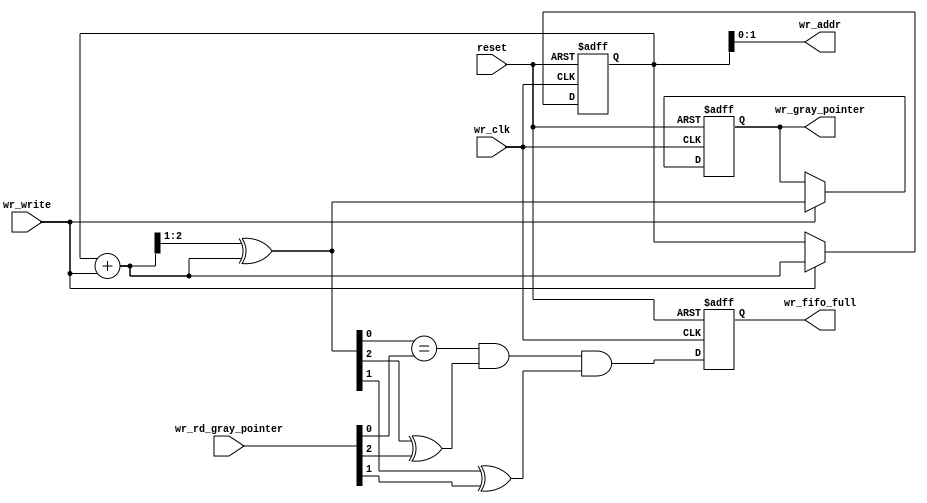
module fifo_full_block_1 (
   wr_fifo_full, wr_addr, wr_gray_pointer,
   reset, wr_clk, wr_rd_gray_pointer, wr_write
   );
   parameter AW   = 2; 
   input           reset;
   input           wr_clk;
   input [AW:0]    wr_rd_gray_pointer;
   input           wr_write;
   output           wr_fifo_full;
   output [AW-1:0]  wr_addr;
   output [AW:0]    wr_gray_pointer;
   reg [AW:0]      wr_gray_pointer;
   reg [AW:0]      wr_binary_pointer;
   reg             wr_fifo_full;
   wire            wr_fifo_full_next;
   wire [AW:0]     wr_gray_next;
   wire [AW:0]     wr_binary_next;
   always @(posedge wr_clk or posedge reset)
     if(reset)
       begin
	  wr_binary_pointer[AW:0]     <= {(AW+1){1'b0}};
	  wr_gray_pointer[AW:0]       <= {(AW+1){1'b0}};
       end
     else if(wr_write)
       begin
	  wr_binary_pointer[AW:0]     <= wr_binary_next[AW:0];	  
	  wr_gray_pointer[AW:0]       <= wr_gray_next[AW:0];	  
       end
   assign wr_addr[AW-1:0]       = wr_binary_pointer[AW-1:0];
   assign wr_binary_next[AW:0]  = wr_binary_pointer[AW:0] + 
				  {{(AW){1'b0}},wr_write};
   assign wr_gray_next[AW:0]    = {1'b0,wr_binary_next[AW:1]} ^ 
				  wr_binary_next[AW:0];
   assign wr_fifo_full_next =
			 (wr_gray_next[AW-2:0] == wr_rd_gray_pointer[AW-2:0]) &
			 (wr_gray_next[AW]     ^  wr_rd_gray_pointer[AW])     &
			 (wr_gray_next[AW-1]   ^  wr_rd_gray_pointer[AW-1]);
   always @ (posedge wr_clk or posedge reset)
     if(reset)
       wr_fifo_full <= 1'b0;
     else
       wr_fifo_full <=wr_fifo_full_next;
endmodule